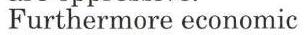
Furthermore economic